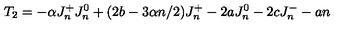
T _ { 2 } = - \alpha J _ { n } ^ { + } J _ { n } ^ { 0 } + ( 2 b - 3 \alpha n / 2 ) J _ { n } ^ { + } - 2 a J _ { n } ^ { 0 } - 2 c J _ { n } ^ { - } - a n